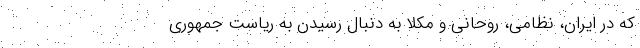
که در ایران، نظامی، روحانی و مُکلا به دنبال رسیدن به ریاست جمهوری